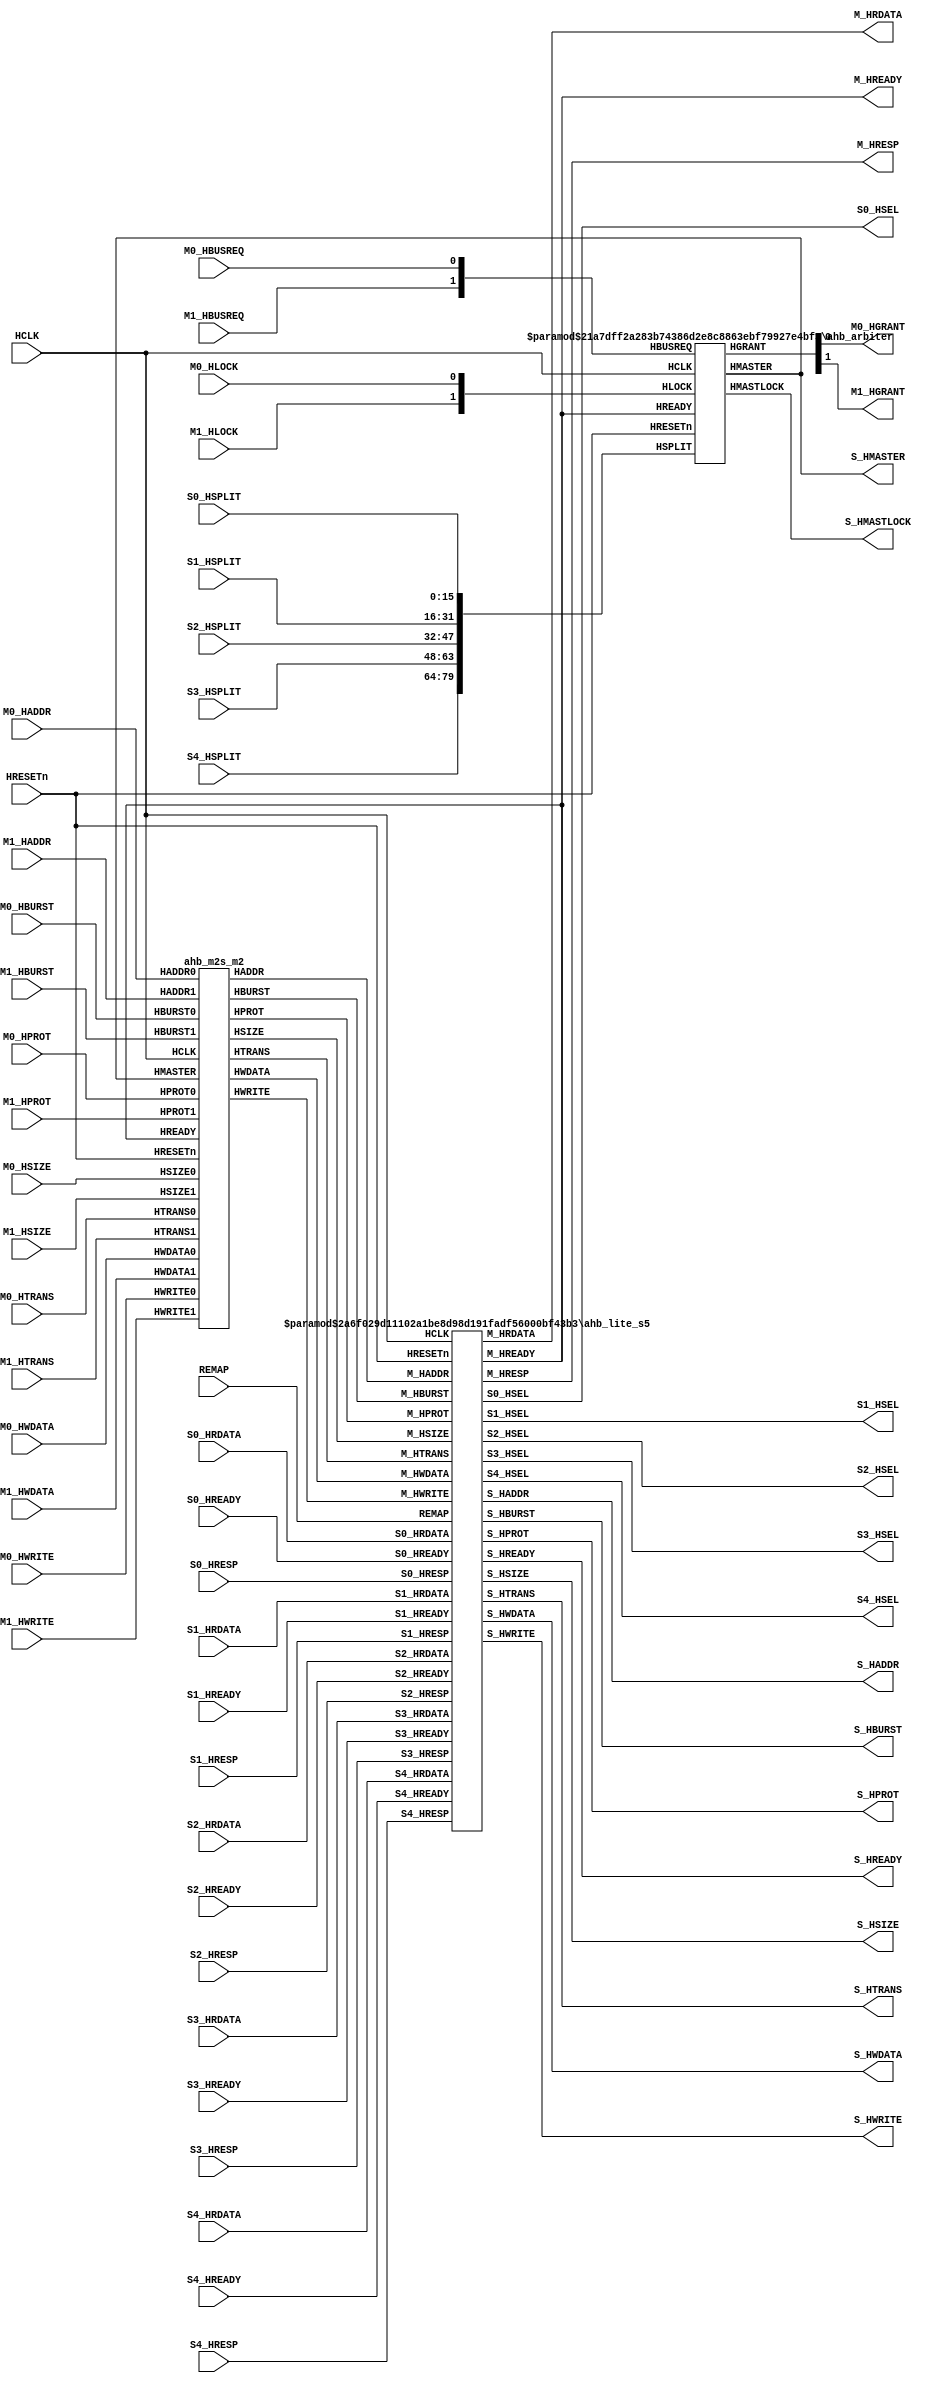
//---------------------------------------------------------------------------
// gen_amba_ahb.v generated by "gen_amba_ahb"
//---------------------------------------------------------------------------
//---------------------------------------------------------------------------
module amba_ahb_m2s5
     #(parameter P_NUMM=2 // num of masters
               , P_NUMS=5 // num of slaves
               , P_HSEL0_START=32'h00000000, P_HSEL0_SIZE=32'h01000000
               , P_HSEL1_START=32'h10000000, P_HSEL1_SIZE=32'h01000000
               , P_HSEL2_START=32'h20000000, P_HSEL2_SIZE=32'h00010000
               , P_HSEL3_START=32'h30000000, P_HSEL3_SIZE=32'h00010000
               , P_HSEL4_START=32'h40000000, P_HSEL4_SIZE=32'h50000000
               )
(
        input   wire         HRESETn
      , input   wire         HCLK
      , input   wire         M0_HBUSREQ
      , output  wire         M0_HGRANT
      , input   wire  [31:0] M0_HADDR
      , input   wire  [ 1:0] M0_HTRANS
      , input   wire  [ 2:0] M0_HSIZE
      , input   wire  [ 2:0] M0_HBURST
      , input   wire  [ 3:0] M0_HPROT
      , input   wire         M0_HLOCK
      , input   wire         M0_HWRITE
      , input   wire  [31:0] M0_HWDATA
      , input   wire         M1_HBUSREQ
      , output  wire         M1_HGRANT
      , input   wire  [31:0] M1_HADDR
      , input   wire  [ 1:0] M1_HTRANS
      , input   wire  [ 2:0] M1_HSIZE
      , input   wire  [ 2:0] M1_HBURST
      , input   wire  [ 3:0] M1_HPROT
      , input   wire         M1_HLOCK
      , input   wire         M1_HWRITE
      , input   wire  [31:0] M1_HWDATA
      , output  wire  [31:0] M_HRDATA
      , output  wire  [ 1:0] M_HRESP
      , output  wire         M_HREADY
      , output  wire  [31:0] S_HADDR
      , output  wire         S_HWRITE
      , output  wire  [ 1:0] S_HTRANS
      , output  wire  [ 2:0] S_HSIZE
      , output  wire  [ 2:0] S_HBURST
      , output  wire  [31:0] S_HWDATA
      , output  wire  [ 3:0] S_HPROT
      , output  wire         S_HREADY
      , output  wire  [ 3:0] S_HMASTER
      , output  wire         S_HMASTLOCK
      , output  wire         S0_HSEL
      , input   wire         S0_HREADY
      , input   wire  [ 1:0] S0_HRESP
      , input   wire  [31:0] S0_HRDATA
      , input   wire  [15:0] S0_HSPLIT
      , output  wire         S1_HSEL
      , input   wire         S1_HREADY
      , input   wire  [ 1:0] S1_HRESP
      , input   wire  [31:0] S1_HRDATA
      , input   wire  [15:0] S1_HSPLIT
      , output  wire         S2_HSEL
      , input   wire         S2_HREADY
      , input   wire  [ 1:0] S2_HRESP
      , input   wire  [31:0] S2_HRDATA
      , input   wire  [15:0] S2_HSPLIT
      , output  wire         S3_HSEL
      , input   wire         S3_HREADY
      , input   wire  [ 1:0] S3_HRESP
      , input   wire  [31:0] S3_HRDATA
      , input   wire  [15:0] S3_HSPLIT
      , output  wire         S4_HSEL
      , input   wire         S4_HREADY
      , input   wire  [ 1:0] S4_HRESP
      , input   wire  [31:0] S4_HRDATA
      , input   wire  [15:0] S4_HSPLIT
      , input   wire         REMAP
);
  ahb_arbiter #(.NUMM(2),.NUMS(5))
  u_ahb_arbiter (
         .HRESETn   (HRESETn    )
       , .HCLK      (HCLK       )
       , .HBUSREQ   ({M1_HBUSREQ,M0_HBUSREQ})
       , .HGRANT    ({M1_HGRANT,M0_HGRANT})
       , .HMASTER   (S_HMASTER  )
       , .HLOCK     ({M1_HLOCK,M0_HLOCK})
       , .HREADY    (M_HREADY   )
       , .HMASTLOCK (S_HMASTLOCK)
       , .HSPLIT    ({S4_HSPLIT,S3_HSPLIT,S2_HSPLIT,S1_HSPLIT,S0_HSPLIT})
  );
  wire  [31:0] M_HADDR;
  wire  [ 1:0] M_HTRANS;
  wire  [ 2:0] M_HSIZE;
  wire  [ 2:0] M_HBURST;
  wire  [ 3:0] M_HPROT;
  wire         M_HWRITE;
  wire  [31:0] M_HWDATA;
  ahb_m2s_m2 u_ahb_m2s (
       .HRESETn  (HRESETn    )
     , .HCLK     (HCLK       )
     , .HREADY   (M_HREADY   )
     , .HMASTER  (S_HMASTER  )
     , .HADDR    (M_HADDR    )
     , .HPROT    (M_HPROT    )
     , .HTRANS   (M_HTRANS   )
     , .HWRITE   (M_HWRITE   )
     , .HSIZE    (M_HSIZE    )
     , .HBURST   (M_HBURST   )
     , .HWDATA   (M_HWDATA   )
     , .HADDR0   (M0_HADDR  )
     , .HPROT0   (M0_HPROT  )
     , .HTRANS0  (M0_HTRANS )
     , .HWRITE0  (M0_HWRITE )
     , .HSIZE0   (M0_HSIZE  )
     , .HBURST0  (M0_HBURST )
     , .HWDATA0  (M0_HWDATA )
     , .HADDR1   (M1_HADDR  )
     , .HPROT1   (M1_HPROT  )
     , .HTRANS1  (M1_HTRANS )
     , .HWRITE1  (M1_HWRITE )
     , .HSIZE1   (M1_HSIZE  )
     , .HBURST1  (M1_HBURST )
     , .HWDATA1  (M1_HWDATA )
  );
  ahb_lite_s5 #(.P_NUM(5)
               ,.P_HSEL0_START(P_HSEL0_START), .P_HSEL0_SIZE(P_HSEL0_SIZE)
               ,.P_HSEL1_START(P_HSEL1_START), .P_HSEL1_SIZE(P_HSEL1_SIZE)
               ,.P_HSEL2_START(P_HSEL2_START), .P_HSEL2_SIZE(P_HSEL2_SIZE)
               ,.P_HSEL3_START(P_HSEL3_START), .P_HSEL3_SIZE(P_HSEL3_SIZE)
               ,.P_HSEL4_START(P_HSEL4_START), .P_HSEL4_SIZE(P_HSEL4_SIZE)
               )
  u_ahb_lite (
       .HRESETn   (HRESETn  )
     , .HCLK      (HCLK     )
     , .M_HADDR   (M_HADDR  )
     , .M_HTRANS  (M_HTRANS )
     , .M_HWRITE  (M_HWRITE )
     , .M_HSIZE   (M_HSIZE  )
     , .M_HBURST  (M_HBURST )
     , .M_HPROT   (M_HPROT  )
     , .M_HWDATA  (M_HWDATA )
     , .M_HRDATA  (M_HRDATA )
     , .M_HRESP   (M_HRESP  )
     , .M_HREADY  (M_HREADY )
     , .S_HADDR   (S_HADDR  )
     , .S_HTRANS  (S_HTRANS )
     , .S_HSIZE   (S_HSIZE  )
     , .S_HBURST  (S_HBURST )
     , .S_HWRITE  (S_HWRITE )
     , .S_HPROT   (S_HPROT  )
     , .S_HWDATA  (S_HWDATA )
     , .S_HREADY  (S_HREADY )
     , .S0_HSEL   (S0_HSEL  )
     , .S0_HRDATA (S0_HRDATA)
     , .S0_HRESP  (S0_HRESP )
     , .S0_HREADY (S0_HREADY)
     , .S1_HSEL   (S1_HSEL  )
     , .S1_HRDATA (S1_HRDATA)
     , .S1_HRESP  (S1_HRESP )
     , .S1_HREADY (S1_HREADY)
     , .S2_HSEL   (S2_HSEL  )
     , .S2_HRDATA (S2_HRDATA)
     , .S2_HRESP  (S2_HRESP )
     , .S2_HREADY (S2_HREADY)
     , .S3_HSEL   (S3_HSEL  )
     , .S3_HRDATA (S3_HRDATA)
     , .S3_HRESP  (S3_HRESP )
     , .S3_HREADY (S3_HREADY)
     , .S4_HSEL   (S4_HSEL  )
     , .S4_HRDATA (S4_HRDATA)
     , .S4_HRESP  (S4_HRESP )
     , .S4_HREADY (S4_HREADY)
     , .REMAP     (REMAP    )
  );
endmodule
//---------------------------------------------------------------------------
//---------------------------------------------------------------------------
module ahb_arbiter
     #(parameter NUMM=2 // num of masters
               , NUMS=5)// num of slaves
(
       input   wire               HRESETn
     , input   wire               HCLK
     , input   wire [NUMM-1:0]    HBUSREQ // 0: highest priority
     , output  reg  [NUMM-1:0]    HGRANT={NUMM{1'b0}}
     , output  reg  [     3:0]    HMASTER=4'h0
     , input   wire [NUMM-1:0]    HLOCK
     , input   wire               HREADY
     , output  reg                HMASTLOCK=1'b0
     , input   wire [16*NUMS-1:0] HSPLIT
);
   reg  [NUMM-1:0] hmask={NUMM{1'b0}}; // 1=mask-out
   wire [     3:0] id=encoder(HGRANT);
   localparam ST_READY='h0
            , ST_STAY ='h1;
   reg state=ST_READY;
   always @ (posedge HCLK or negedge HRESETn) begin
   if (HRESETn==1'b0) begin
       HGRANT    <=  'h0;
       HMASTER   <= 4'h0;
       HMASTLOCK <= 1'b0;
       hmask     <=  'h0;
       state     <= ST_READY;
   end else if (HREADY==1'b1) begin
       HMASTER   <= id;
       HMASTLOCK <= HLOCK[id];
       case (state)
       ST_READY: begin
          if (HBUSREQ!=0) begin
              HGRANT  <= priority(HBUSREQ);
              hmask   <= 'h0;
              state   <= ST_STAY;
          end
          end // ST_READY
       ST_STAY: begin
          if (HBUSREQ=='b0) begin
              HGRANT <= 'h0;
              hmask  <= 'h0;
              state  <= ST_READY;
          end else if (HBUSREQ[id]==1'b0) begin
              if ((HBUSREQ&~hmask)=='b0) begin
                  HGRANT <= priority(HBUSREQ);
                  hmask  <= 'h0;
              end else begin
                  HGRANT    <= priority(HBUSREQ&~hmask);
                  hmask[id] <= 1'b1;
              end
          end
          end // ST_STAY
       default: begin
                HGRANT <= 'h0;
                state  <= ST_READY;
                end
       endcase
   end // if
   end // always
   function [NUMM-1:0] priority;
     input  [NUMM-1:0] req;
     reg    [15:0] val;
   begin
     casex ({{16-NUMM{1'b0}},req})
     16'bxxxx_xxxx_xxxx_xxx1: val = 'h0001;
     16'bxxxx_xxxx_xxxx_xx10: val = 'h0002;
     16'bxxxx_xxxx_xxxx_x100: val = 'h0004;
     16'bxxxx_xxxx_xxxx_1000: val = 'h0008;
     16'bxxxx_xxxx_xxx1_0000: val = 'h0010;
     16'bxxxx_xxxx_xx10_0000: val = 'h0020;
     16'bxxxx_xxxx_x100_0000: val = 'h0040;
     16'bxxxx_xxxx_1000_0000: val = 'h0080;
     16'bxxxx_xxx1_0000_0000: val = 'h0100;
     16'bxxxx_xx10_0000_0000: val = 'h0200;
     16'bxxxx_x100_0000_0000: val = 'h0400;
     16'bxxxx_1000_0000_0000: val = 'h0800;
     16'bxxx1_0000_0000_0000: val = 'h1000;
     16'bxx10_0000_0000_0000: val = 'h2000;
     16'bx100_0000_0000_0000: val = 'h4000;
     16'b1000_0000_0000_0000: val = 'h8000;
     default: val = 'h0000;
     endcase
     priority = val[NUMM-1:0];
   end
   endfunction // priority
   function [3:0] encoder;
     input  [NUMM-1:0] req;
   begin
     casex ({{16-NUMM{1'b0}},req})
     16'bxxxx_xxxx_xxxx_xxx1: encoder = 'h0;
     16'bxxxx_xxxx_xxxx_xx10: encoder = 'h1;
     16'bxxxx_xxxx_xxxx_x100: encoder = 'h2;
     16'bxxxx_xxxx_xxxx_1000: encoder = 'h3;
     16'bxxxx_xxxx_xxx1_0000: encoder = 'h4;
     16'bxxxx_xxxx_xx10_0000: encoder = 'h5;
     16'bxxxx_xxxx_x100_0000: encoder = 'h6;
     16'bxxxx_xxxx_1000_0000: encoder = 'h7;
     16'bxxxx_xxx1_0000_0000: encoder = 'h8;
     16'bxxxx_xx10_0000_0000: encoder = 'h9;
     16'bxxxx_x100_0000_0000: encoder = 'hA;
     16'bxxxx_1000_0000_0000: encoder = 'hB;
     16'bxxx1_0000_0000_0000: encoder = 'hC;
     16'bxx10_0000_0000_0000: encoder = 'hD;
     16'bx100_0000_0000_0000: encoder = 'hE;
     16'b1000_0000_0000_0000: encoder = 'hF;
     default: encoder = 'h0;
     endcase
   end
   endfunction // encoder
   `ifdef RIGOR
   // synthesis translate_off
   integer idx, idy;
   always @ ( posedge HCLK or negedge HRESETn) begin
   if (HRESETn==1'b0) begin
   end else begin
       if (|HGRANT) begin
           idy = 0;
           for (idx=0; idx<NUMM; idx=idx+1) if (HGRANT[idx]) idy = idy + 1;
           if (idy>1) $display("%04d %m ERROR AHB arbitration more than one granted", $time);
       end
   end // if
   end // always
   // synthesis translate_on
   `endif
endmodule
//---------------------------------------------------------------------------
//---------------------------------------------------------------------------
module ahb_m2s_m2
(
       input   wire          HRESETn
     , input   wire          HCLK
     , input   wire          HREADY
     , input   wire  [ 3:0]  HMASTER
     , output  reg   [31:0]  HADDR
     , output  reg   [ 3:0]  HPROT
     , output  reg   [ 1:0]  HTRANS
     , output  reg           HWRITE
     , output  reg   [ 2:0]  HSIZE
     , output  reg   [ 2:0]  HBURST
     , output  reg   [31:0]  HWDATA
     , input   wire  [31:0]  HADDR0
     , input   wire  [ 3:0]  HPROT0
     , input   wire  [ 1:0]  HTRANS0
     , input   wire          HWRITE0
     , input   wire  [ 2:0]  HSIZE0
     , input   wire  [ 2:0]  HBURST0
     , input   wire  [31:0]  HWDATA0
     , input   wire  [31:0]  HADDR1
     , input   wire  [ 3:0]  HPROT1
     , input   wire  [ 1:0]  HTRANS1
     , input   wire          HWRITE1
     , input   wire  [ 2:0]  HSIZE1
     , input   wire  [ 2:0]  HBURST1
     , input   wire  [31:0]  HWDATA1
);
       reg [3:0] hmaster_delay=4'h0;
       always @ (posedge HCLK or negedge HRESETn) begin
           if (HRESETn==1'b0) begin
                hmaster_delay <= 4'b0;
           end else begin
                if (HREADY) begin
                   hmaster_delay <= HMASTER;
                end
           end
       end
       always @ (HMASTER or HADDR0 or HADDR1) begin
           case (HMASTER)
           4'h0: HADDR = HADDR0;
           4'h1: HADDR = HADDR1;
           default: HADDR = ~32'b0;
           endcase
        end
       always @ (HMASTER or HPROT0 or HPROT1) begin
           case (HMASTER)
           4'h0: HPROT = HPROT0;
           4'h1: HPROT = HPROT1;
           default: HPROT = 4'b0;
           endcase
        end
       always @ (HMASTER or HTRANS0 or HTRANS1) begin
           case (HMASTER)
           4'h0: HTRANS = HTRANS0;
           4'h1: HTRANS = HTRANS1;
           default: HTRANS = 2'b0;
           endcase
        end
       always @ (HMASTER or HWRITE0 or HWRITE1) begin
           case (HMASTER)
           4'h0: HWRITE = HWRITE0;
           4'h1: HWRITE = HWRITE1;
           default: HWRITE = 1'b0;
           endcase
        end
       always @ (HMASTER or HSIZE0 or HSIZE1) begin
           case (HMASTER)
           4'h0: HSIZE = HSIZE0;
           4'h1: HSIZE = HSIZE1;
           default: HSIZE = 3'b0;
           endcase
        end
       always @ (HMASTER or HBURST0 or HBURST1) begin
           case (HMASTER)
           4'h0: HBURST = HBURST0;
           4'h1: HBURST = HBURST1;
           default: HBURST = 3'b0;
           endcase
        end
       always @ (hmaster_delay or HWDATA0 or HWDATA1) begin
           case (hmaster_delay)
           4'h0: HWDATA = HWDATA0;
           4'h1: HWDATA = HWDATA1;
           default: HWDATA = 3'b0;
           endcase
        end
endmodule
//---------------------------------------------------------------------------
//---------------------------------------------------------------------------
module ahb_lite_s5
     #(parameter P_NUM=5 // num of slaves
               , P_HSEL0_START=32'h00000000, P_HSEL0_SIZE=32'h01000000
               , P_HSEL1_START=32'h10000000, P_HSEL1_SIZE=32'h01000000
               , P_HSEL2_START=32'h20000000, P_HSEL2_SIZE=32'h00010000
               , P_HSEL3_START=32'h30000000, P_HSEL3_SIZE=32'h00010000
               , P_HSEL4_START=32'h40000000, P_HSEL4_SIZE=32'h50000000
               )
(
        input   wire         HRESETn
      , input   wire         HCLK
      , input   wire  [31:0] M_HADDR
      , input   wire  [ 1:0] M_HTRANS
      , input   wire         M_HWRITE
      , input   wire  [ 2:0] M_HSIZE
      , input   wire  [ 2:0] M_HBURST
      , input   wire  [ 3:0] M_HPROT
      , input   wire  [31:0] M_HWDATA
      , output  wire  [31:0] M_HRDATA
      , output  wire  [ 1:0] M_HRESP
      , output  wire         M_HREADY
      , output  wire  [31:0] S_HADDR
      , output  wire  [ 1:0] S_HTRANS
      , output  wire  [ 2:0] S_HSIZE
      , output  wire  [ 2:0] S_HBURST
      , output  wire  [ 3:0] S_HPROT
      , output  wire         S_HWRITE
      , output  wire  [31:0] S_HWDATA
      , output  wire         S_HREADY
      , output  wire         S0_HSEL
      , input   wire         S0_HREADY
      , input   wire  [ 1:0] S0_HRESP
      , input   wire  [31:0] S0_HRDATA
      , output  wire         S1_HSEL
      , input   wire         S1_HREADY
      , input   wire  [ 1:0] S1_HRESP
      , input   wire  [31:0] S1_HRDATA
      , output  wire         S2_HSEL
      , input   wire         S2_HREADY
      , input   wire  [ 1:0] S2_HRESP
      , input   wire  [31:0] S2_HRDATA
      , output  wire         S3_HSEL
      , input   wire         S3_HREADY
      , input   wire  [ 1:0] S3_HRESP
      , input   wire  [31:0] S3_HRDATA
      , output  wire         S4_HSEL
      , input   wire         S4_HREADY
      , input   wire  [ 1:0] S4_HRESP
      , input   wire  [31:0] S4_HRDATA
      , input   wire         REMAP
);
   wire        HSELd; // default slave
   wire [31:0] HRDATAd;
   wire [ 1:0] HRESPd;
   wire        HREADYd;
//    assign S_HADDR  = M_HADDR;
   assign S_HADDR  = (M_HADDR>=P_HSEL1_START && M_HADDR<=(P_HSEL1_START+P_HSEL1_SIZE))? (M_HADDR & ~(P_HSEL1_START)):M_HADDR;
   assign S_HTRANS = M_HTRANS;
   assign S_HSIZE  = M_HSIZE;
   assign S_HBURST = M_HBURST;
   assign S_HWRITE = M_HWRITE;
   assign S_HPROT  = M_HPROT;
   assign S_HWDATA = M_HWDATA;
   assign S_HREADY = M_HREADY;
   ahb_decoder_s5
      #(.P_NUM(5)
       ,.P_HSEL0_START(P_HSEL0_START),.P_HSEL0_SIZE(P_HSEL0_SIZE)
       ,.P_HSEL1_START(P_HSEL1_START),.P_HSEL1_SIZE(P_HSEL1_SIZE)
       ,.P_HSEL2_START(P_HSEL2_START),.P_HSEL2_SIZE(P_HSEL2_SIZE)
       ,.P_HSEL3_START(P_HSEL3_START),.P_HSEL3_SIZE(P_HSEL3_SIZE)
       ,.P_HSEL4_START(P_HSEL4_START),.P_HSEL4_SIZE(P_HSEL4_SIZE)
       )
   u_ahb_decoder (
                 .HADDR(M_HADDR)
                ,.HSELd(HSELd)
                ,.HSEL0(S0_HSEL)
                ,.HSEL1(S1_HSEL)
                ,.HSEL2(S2_HSEL)
                ,.HSEL3(S3_HSEL)
                ,.HSEL4(S4_HSEL)
                ,.REMAP(REMAP));
   ahb_s2m_s5 u_ahb_s2m (
                 .HRESETn(HRESETn)
                ,.HCLK   (HCLK   )
                ,.HRDATA (M_HRDATA)
                ,.HRESP  (M_HRESP )
                ,.HREADY (M_HREADY)
                ,.HSEL0  (S0_HSEL)
                ,.HRDATA0(S0_HRDATA)
                ,.HRESP0 (S0_HRESP)
                ,.HREADY0(S0_HREADY)
                ,.HSEL1  (S1_HSEL)
                ,.HRDATA1(S1_HRDATA)
                ,.HRESP1 (S1_HRESP)
                ,.HREADY1(S1_HREADY)
                ,.HSEL2  (S2_HSEL)
                ,.HRDATA2(S2_HRDATA)
                ,.HRESP2 (S2_HRESP)
                ,.HREADY2(S2_HREADY)
                ,.HSEL3  (S3_HSEL)
                ,.HRDATA3(S3_HRDATA)
                ,.HRESP3 (S3_HRESP)
                ,.HREADY3(S3_HREADY)
                ,.HSEL4  (S4_HSEL)
                ,.HRDATA4(S4_HRDATA)
                ,.HRESP4 (S4_HRESP)
                ,.HREADY4(S4_HREADY)
                ,.HSELd  (HSELd  )
                ,.HRDATAd(HRDATAd)
                ,.HRESPd (HRESPd )
                ,.HREADYd(HREADYd));
   ahb_default_slave u_ahb_default_slave (
                 .HRESETn  (HRESETn  )
                ,.HCLK     (HCLK     )
                ,.HSEL     (HSELd    )
                ,.HADDR    (S_HADDR  )
                ,.HTRANS   (S_HTRANS )
                ,.HWRITE   (S_HWRITE )
                ,.HSIZE    (S_HSIZE  )
                ,.HBURST   (S_HBURST )
                ,.HWDATA   (S_HWDATA )
                ,.HRDATA   (HRDATAd  )
                ,.HRESP    (HRESPd   )
                ,.HREADYin (S_HREADY )
                ,.HREADYout(HREADYd  ));
endmodule
//---------------------------------------------------------------------------
//---------------------------------------------------------------------------
module ahb_decoder_s5
     #(parameter P_NUM        =5
               , P_HSEL0_START=32'h00000000, P_HSEL0_SIZE=32'h01000000
               , P_HSEL0_END  =P_HSEL0_START+P_HSEL0_SIZE
               , P_HSEL1_START=32'h10000000, P_HSEL1_SIZE=32'h01000000
               , P_HSEL1_END  =P_HSEL1_START+P_HSEL1_SIZE
               , P_HSEL2_START=32'h20000000, P_HSEL2_SIZE=32'h00010000
               , P_HSEL2_END  =P_HSEL2_START+P_HSEL2_SIZE
               , P_HSEL3_START=32'h30000000, P_HSEL3_SIZE=32'h00010000
               , P_HSEL3_END  =P_HSEL3_START+P_HSEL3_SIZE
               , P_HSEL4_START=32'h40000000, P_HSEL4_SIZE=32'h50000000
               , P_HSEL4_END  =P_HSEL4_START+P_HSEL4_SIZE
               )
(
       input   wire [31:0] HADDR
     , output  wire        HSELd // default slave
     , output  wire        HSEL0
     , output  wire        HSEL1
     , output  wire        HSEL2
     , output  wire        HSEL3
     , output  wire        HSEL4
     , input   wire        REMAP
);
   wire [4:0] ihsel;
   wire       ihseld = ~|ihsel;
   assign HSELd = ihseld;
   assign HSEL0 = (REMAP) ? ihsel[1] : ihsel[0];
   assign HSEL1 = (REMAP) ? ihsel[0] : ihsel[1];
   assign HSEL2 = ihsel[2];
   assign HSEL3 = ihsel[3];
   assign HSEL4 = ihsel[4];
   assign ihsel[0] = ((P_NUM>0)&&(HADDR>=P_HSEL0_START)&&(HADDR<P_HSEL0_END)) ? 1'b1 : 1'b0;
   assign ihsel[1] = ((P_NUM>1)&&(HADDR>=P_HSEL1_START)&&(HADDR<P_HSEL1_END)) ? 1'b1 : 1'b0;
   assign ihsel[2] = ((P_NUM>2)&&(HADDR>=P_HSEL2_START)&&(HADDR<P_HSEL2_END)) ? 1'b1 : 1'b0;
   assign ihsel[3] = ((P_NUM>3)&&(HADDR>=P_HSEL3_START)&&(HADDR<P_HSEL3_END)) ? 1'b1 : 1'b0;
   assign ihsel[4] = ((P_NUM>4)&&(HADDR>=P_HSEL4_START)&&(HADDR<P_HSEL4_END)) ? 1'b1 : 1'b0;
   `ifdef RIGOR
   // synthesis translate_off
   initial begin
       if (P_HSEL0_SIZE==0) $display("%m ERROR P_HSEL0_SIZE should be positive 32-bit");
       if (P_HSEL1_SIZE==0) $display("%m ERROR P_HSEL1_SIZE should be positive 32-bit");
       if (P_HSEL2_SIZE==0) $display("%m ERROR P_HSEL2_SIZE should be positive 32-bit");
       if (P_HSEL3_SIZE==0) $display("%m ERROR P_HSEL3_SIZE should be positive 32-bit");
       if (P_HSEL4_SIZE==0) $display("%m ERROR P_HSEL4_SIZE should be positive 32-bit");
       if ((P_HSEL0_END>P_HSEL1_START)&&
           (P_HSEL0_END<=P_HSEL1_END)) $display("%m ERROR address range overlapped 0:1");
       if ((P_HSEL0_END>P_HSEL2_START)&&
           (P_HSEL0_END<=P_HSEL2_END)) $display("%m ERROR address range overlapped 0:2");
       if ((P_HSEL0_END>P_HSEL3_START)&&
           (P_HSEL0_END<=P_HSEL3_END)) $display("%m ERROR address range overlapped 0:3");
       if ((P_HSEL0_END>P_HSEL4_START)&&
           (P_HSEL0_END<=P_HSEL4_END)) $display("%m ERROR address range overlapped 0:4");
       if ((P_HSEL1_END>P_HSEL0_START)&&
           (P_HSEL1_END<=P_HSEL0_END)) $display("%m ERROR address range overlapped 1:0");
       if ((P_HSEL1_END>P_HSEL2_START)&&
           (P_HSEL1_END<=P_HSEL2_END)) $display("%m ERROR address range overlapped 1:2");
       if ((P_HSEL1_END>P_HSEL3_START)&&
           (P_HSEL1_END<=P_HSEL3_END)) $display("%m ERROR address range overlapped 1:3");
       if ((P_HSEL1_END>P_HSEL4_START)&&
           (P_HSEL1_END<=P_HSEL4_END)) $display("%m ERROR address range overlapped 1:4");
       if ((P_HSEL2_END>P_HSEL0_START)&&
           (P_HSEL2_END<=P_HSEL0_END)) $display("%m ERROR address range overlapped 2:0");
       if ((P_HSEL2_END>P_HSEL1_START)&&
           (P_HSEL2_END<=P_HSEL1_END)) $display("%m ERROR address range overlapped 2:1");
       if ((P_HSEL2_END>P_HSEL3_START)&&
           (P_HSEL2_END<=P_HSEL3_END)) $display("%m ERROR address range overlapped 2:3");
       if ((P_HSEL2_END>P_HSEL4_START)&&
           (P_HSEL2_END<=P_HSEL4_END)) $display("%m ERROR address range overlapped 2:4");
       if ((P_HSEL3_END>P_HSEL0_START)&&
           (P_HSEL3_END<=P_HSEL0_END)) $display("%m ERROR address range overlapped 3:0");
       if ((P_HSEL3_END>P_HSEL1_START)&&
           (P_HSEL3_END<=P_HSEL1_END)) $display("%m ERROR address range overlapped 3:1");
       if ((P_HSEL3_END>P_HSEL2_START)&&
           (P_HSEL3_END<=P_HSEL2_END)) $display("%m ERROR address range overlapped 3:2");
       if ((P_HSEL3_END>P_HSEL4_START)&&
           (P_HSEL3_END<=P_HSEL4_END)) $display("%m ERROR address range overlapped 3:4");
       if ((P_HSEL4_END>P_HSEL0_START)&&
           (P_HSEL4_END<=P_HSEL0_END)) $display("%m ERROR address range overlapped 4:0");
       if ((P_HSEL4_END>P_HSEL1_START)&&
           (P_HSEL4_END<=P_HSEL1_END)) $display("%m ERROR address range overlapped 4:1");
       if ((P_HSEL4_END>P_HSEL2_START)&&
           (P_HSEL4_END<=P_HSEL2_END)) $display("%m ERROR address range overlapped 4:2");
       if ((P_HSEL4_END>P_HSEL3_START)&&
           (P_HSEL4_END<=P_HSEL3_END)) $display("%m ERROR address range overlapped 4:3");
   end
   // synthesis translate_on
   `endif
endmodule
//---------------------------------------------------------------------------
//---------------------------------------------------------------------------
module ahb_s2m_s5
(
       input   wire         HRESETn
     , input   wire         HCLK
     , input   wire         HSELd
     , input   wire         HSEL0
     , input   wire         HSEL1
     , input   wire         HSEL2
     , input   wire         HSEL3
     , input   wire         HSEL4
     , output  reg   [31:0] HRDATA
     , output  reg   [ 1:0] HRESP
     , output  reg          HREADY
     , input   wire  [31:0] HRDATA0
     , input   wire  [ 1:0] HRESP0
     , input   wire         HREADY0
     , input   wire  [31:0] HRDATA1
     , input   wire  [ 1:0] HRESP1
     , input   wire         HREADY1
     , input   wire  [31:0] HRDATA2
     , input   wire  [ 1:0] HRESP2
     , input   wire         HREADY2
     , input   wire  [31:0] HRDATA3
     , input   wire  [ 1:0] HRESP3
     , input   wire         HREADY3
     , input   wire  [31:0] HRDATA4
     , input   wire  [ 1:0] HRESP4
     , input   wire         HREADY4
     , input   wire  [31:0] HRDATAd
     , input   wire  [ 1:0] HRESPd
     , input   wire         HREADYd
);
  localparam D_HSEL0 = 6'h1;
  localparam D_HSEL1 = 6'h2;
  localparam D_HSEL2 = 6'h4;
  localparam D_HSEL3 = 6'h8;
  localparam D_HSEL4 = 6'h10;
  localparam D_HSELd = 6'h20;
  wire [5:0] _hsel = {HSELd,HSEL4,HSEL3,HSEL2,HSEL1,HSEL0};
  reg  [5:0] _hsel_reg;
  always @ (posedge HCLK or negedge HRESETn) begin
    if (HRESETn==1'b0)   _hsel_reg <= 6'h0;
    else if(HREADY) _hsel_reg <= _hsel; // default HREADY must be 1'b1
  end
  always @ (_hsel_reg or HREADYd or HREADY0 or HREADY1 or HREADY2 or HREADY3 or HREADY4) begin
    case(_hsel_reg)
      D_HSEL0: HREADY = HREADY0;
      D_HSEL1: HREADY = HREADY1;
      D_HSEL2: HREADY = HREADY2;
      D_HSEL3: HREADY = HREADY3;
      D_HSEL4: HREADY = HREADY4;
      D_HSELd: HREADY = HREADYd;
      default: HREADY = 1'b1;
    endcase
  end
  always @ (_hsel_reg or HRDATAd or HRDATA0 or HRDATA1 or HRDATA2 or HRDATA3 or HRDATA4) begin
    case(_hsel_reg)
      D_HSEL0: HRDATA = HRDATA0;
      D_HSEL1: HRDATA = HRDATA1;
      D_HSEL2: HRDATA = HRDATA2;
      D_HSEL3: HRDATA = HRDATA3;
      D_HSEL4: HRDATA = HRDATA4;
      D_HSELd: HRDATA = HRDATAd;
      default: HRDATA = 32'b0;
    endcase
  end
  always @ (_hsel_reg or HRESPd or HRESP0 or HRESP1 or HRESP2 or HRESP3 or HRESP4) begin
    case(_hsel_reg)
      D_HSEL0: HRESP = HRESP0;
      D_HSEL1: HRESP = HRESP1;
      D_HSEL2: HRESP = HRESP2;
      D_HSEL3: HRESP = HRESP3;
      D_HSEL4: HRESP = HRESP4;
      D_HSELd: HRESP = HRESPd;
      default: HRESP = 2'b01; //`HRESP_ERROR;
    endcase
  end
endmodule
//---------------------------------------------------------------------------
//---------------------------------------------------------------------------
`ifndef AHB_DEFAULT_SLAVE_V
`define AHB_DEFAULT_SLAVE_V
module ahb_default_slave
(
       input   wire         HRESETn
     , input   wire         HCLK
     , input   wire         HSEL
     , input   wire  [31:0] HADDR
     , input   wire  [ 1:0] HTRANS
     , input   wire         HWRITE
     , input   wire  [ 2:0] HSIZE
     , input   wire  [ 2:0] HBURST
     , input   wire  [31:0] HWDATA
     , output  wire  [31:0] HRDATA
     , output  reg   [ 1:0] HRESP=2'b01
     , input   wire         HREADYin
     , output  reg          HREADYout=1'b1
);
   assign HRDATA = 32'h0;
   localparam STH_IDLE   = 2'h0
            , STH_WRITE  = 2'h1
            , STH_READ0  = 2'h2;
   reg [1:0] state=STH_IDLE;
   always @ (posedge HCLK or negedge HRESETn) begin
       if (HRESETn==0) begin
           HRESP     <= 2'b00; //`HRESP_OKAY;
           HREADYout <= 1'b1;
           state     <= STH_IDLE;
       end else begin // if (HRESETn==0) begin
           case (state)
           STH_IDLE: begin
                if (HSEL && HREADYin) begin
                   case (HTRANS)
                   //`HTRANS_IDLE, `HTRANS_BUSY: begin
                   2'b00, 2'b01: begin
                          HREADYout <= 1'b1;
                          HRESP     <= 2'b00; //`HRESP_OKAY;
                          state     <= STH_IDLE;
                    end // HTRANS_IDLE or HTRANS_BUSY
                   //`HTRANS_NONSEQ, `HTRANS_SEQ: begin
                   2'b10, 2'b11: begin
                          HREADYout <= 1'b0;
                          HRESP     <= 2'b01; //`HRESP_ERROR;
                          if (HWRITE) begin
                              state <= STH_WRITE;
                          end else begin
                              state <= STH_READ0;
                          end
                    end // HTRANS_NONSEQ or HTRANS_SEQ
                   endcase // HTRANS
                end else begin// if (HSEL && HREADYin)
                    HREADYout <= 1'b1;
                    HRESP     <= 2'b00; //`HRESP_OKAY;
                end
                end // STH_IDLE
           STH_WRITE: begin
                     HREADYout <= 1'b1;
                     HRESP     <= 2'b01; //`HRESP_ERROR;
                     state     <= STH_IDLE;
                end // STH_WRITE
           STH_READ0: begin
                    HREADYout <= 1'b1;
                    HRESP     <= 2'b01; //`HRESP_ERROR;
                    state     <= STH_IDLE;
                end // STH_READ0
           endcase // state
       end // if (HRESETn==0)
   end // always
endmodule
`endif
//---------------------------------------------------------------------------
/* Copyright 2018 Ando Ki (andoki@gmail.com)

Redistribution and use in source and binary forms, with or without modification, are permitted provided that the following conditions are met:

1. Redistributions of source code must retain the above copyright notice, this list of conditions and the following disclaimer.

2. Redistributions in binary form must reproduce the above copyright notice, this list of conditions and the following disclaimer in the documentation and/or other materials provided with the distribution.

THIS SOFTWARE IS PROVIDED BY THE COPYRIGHT HOLDERS AND CONTRIBUTORS "AS IS" AND ANY EXPRESS OR IMPLIED WARRANTIES, INCLUDING, BUT NOT LIMITED TO, THE IMPLIED WARRANTIES OF MERCHANTABILITY AND FITNESS FOR A PARTICULAR PURPOSE ARE DISCLAIMED. IN NO EVENT SHALL THE COPYRIGHT HOLDER OR CONTRIBUTORS BE LIABLE FOR ANY DIRECT, INDIRECT, INCIDENTAL, SPECIAL, EXEMPLARY, OR CONSEQUENTIAL DAMAGES (INCLUDING, BUT NOT LIMITED TO, PROCUREMENT OF SUBSTITUTE GOODS OR SERVICES; LOSS OF USE, DATA, OR PROFITS; OR BUSINESS INTERRUPTION) HOWEVER CAUSED AND ON ANY THEORY OF LIABILITY, WHETHER IN CONTRACT, STRICT LIABILITY, OR TORT (INCLUDING NEGLIGENCE OR OTHERWISE) ARISING IN ANY WAY OUT OF THE USE OF THIS SOFTWARE, EVEN IF ADVISED OF THE POSSIBILITY OF SUCH DAMAGE.

*/